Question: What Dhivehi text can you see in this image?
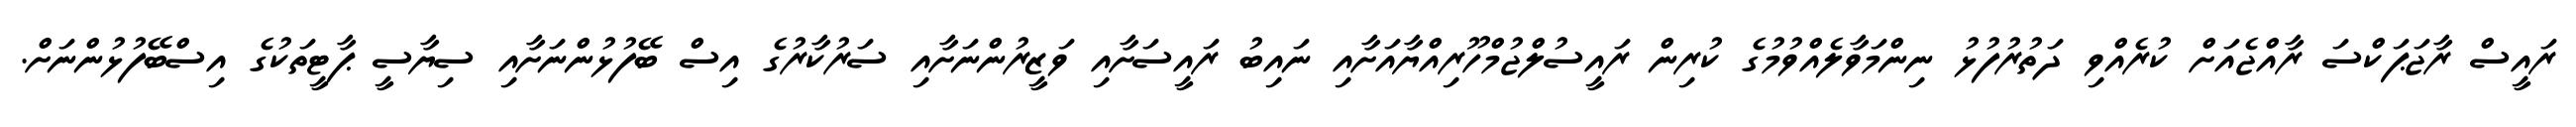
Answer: ރައީސް ރާޖަޕަކްސަ ރާއްޖެއަށް ކުރެއްވި ދަތުރުފުޅު ނިންމަވާލެއްވުމުގެ ކުރިން ރައީސުލްޖުމްހޫރިއްޔާއަށާއި ނައިބު ރައީސަށާއި ވަޒީރުންނަށާއި ސަރުކާރުގެ އިސް ބޭފުޅުންނަށާއި ސިޔާސީ ޕާޓީތަކުގެ އިސްބޭފުޅުންނަށް.